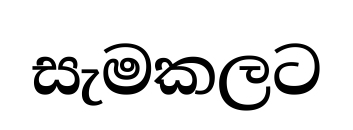
සැමකලට